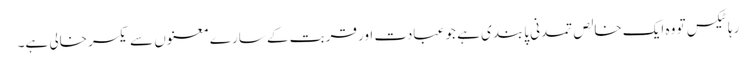
رہا ٹیکس تو وہ ایک خالص تمدنی پابندی ہے جو عبادت اور قربت کے سارے معنوں سے یکسر خالی ہے۔